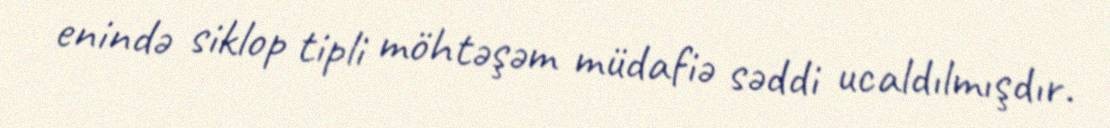
enində siklop tipli möhtəşəm müdafiə səddi ucaldılmışdır.